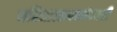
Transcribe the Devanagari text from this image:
चरित्रात्कबकांदबरी